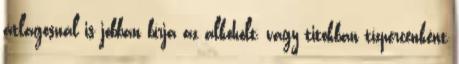
átlagosnál is jobban bírja az alkoholt, vagy titokban tízpercenként